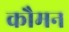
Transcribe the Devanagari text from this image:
कौमन